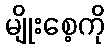
မျိုးစေ့ကို